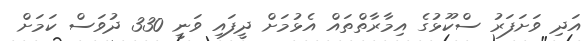
އަދި ވަށަފަރު ސްކޫޅުގެ އިމާރާތްތައް އެޅުމަށް ދީފައި ވަނީ 330 ދުވަސް ކަމަށް